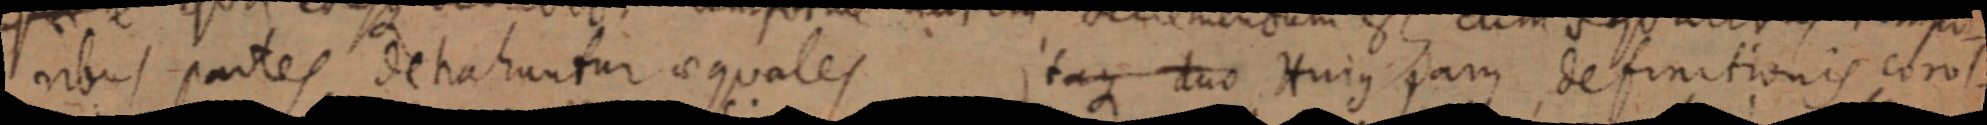
ribus partes dehahuntur aequales Itaque duo Hujus jam definitionis corol